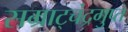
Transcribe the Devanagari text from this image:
सम्राट्चंद्रगुप्त